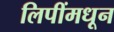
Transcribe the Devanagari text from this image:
लिपींमधून